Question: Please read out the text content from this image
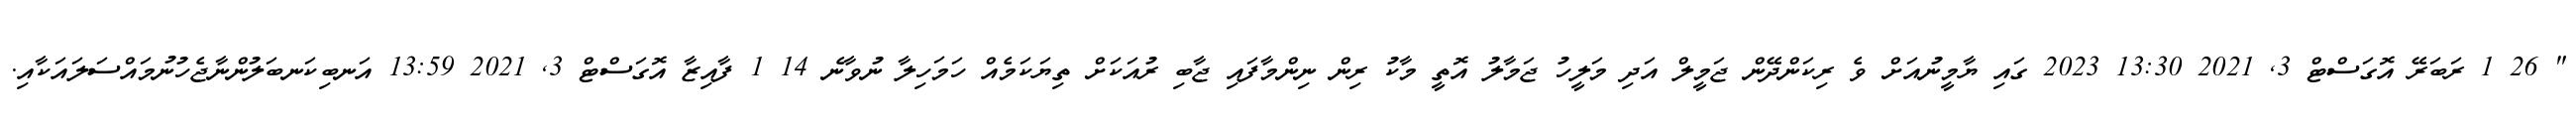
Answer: " 26 1 ރަބަރޭ އޮގަސްޓް 3, 2021 13:30 2023 ގައި ޔާމީނުއަށް ވެ ރިކަންދޭން ޖަމީލް އަދި މަލީހު ޖަމާލު އޮތީ މާކު ރިން ނިންމާފައި ޖާބި ރުއަކަށް ތިޔަކަމެއް ހަމަހިލާ ނުވާނެ 14 1 ފާއިޒާ އޮގަސްޓް 3, 2021 13:59 އަނބިކަނބަލުންނާޖެހުނުމައްސަލައަކާއި.